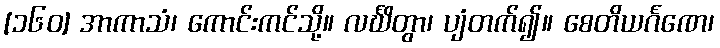
[၁၆၀] အာကာသံ၊ ကောင်းကင်သို့။ လင်္ဃိတွာ၊ ပျံတက်၍။ စေတိယင်္ဂဏေ၊